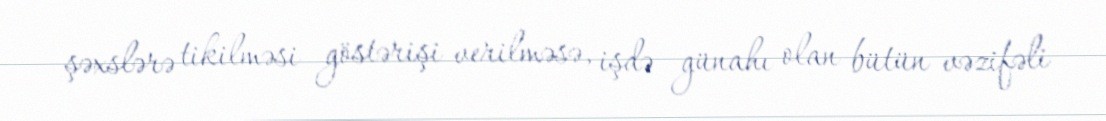
şəxslərə tikilməsi göstərişi verilməsə, işdə günahı olan bütün vəzifəli